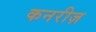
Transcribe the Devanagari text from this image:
कनरीज़